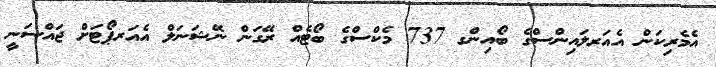
އެމެރިކަން އެއަރލައިންސްގެ ބޯއިންގ 737 މެކްސްގެ ބޯޓެއް ރޭގަން ނޭޝަނަލް އެއަރޕޯޓަށް ޖައްސަނީ